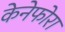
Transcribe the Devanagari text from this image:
केनेफोरा